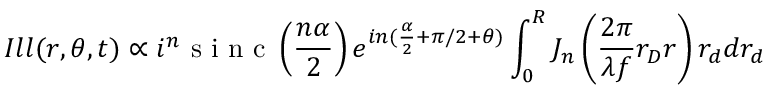
I l l ( r , \theta , t ) \propto i ^ { n } \textrm { s i n c } \left( \frac { n \alpha } { 2 } \right) e ^ { i n ( \frac { \alpha } { 2 } + \pi / 2 + \theta ) } \int _ { 0 } ^ { R } J _ { n } \left( \frac { 2 \pi } { \lambda f } r _ { D } r \right) r _ { d } d r _ { d }